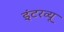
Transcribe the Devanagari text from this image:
इंटरव्‍यू